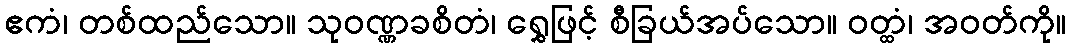
ဧကံ၊ တစ်ထည်သော။ သုဝဏ္ဏခစိတံ၊ ရွှေဖြင့် စီခြယ်အပ်သော။ ဝတ္ထံ၊ အဝတ်ကို။